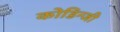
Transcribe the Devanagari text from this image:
कोडिन्जी